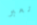
نعبر